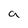
Character: a